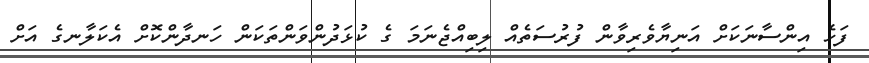
ފަހެ އިންސާނަކަށް އަނިޔާވެރިވާން ފުރުސަތެއް ލިބިއްޖެނަމަ ގެ ކުޅަދުންވަންތަކަން ހަނދާންކޮށް އެކަލާނގެ އަށް